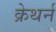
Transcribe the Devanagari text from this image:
क्रेथर्न